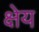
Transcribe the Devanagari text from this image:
क्षेय